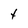
Character: t